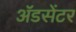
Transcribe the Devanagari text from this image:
ॲडसेंटर